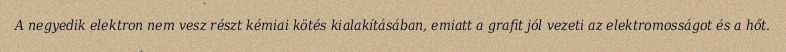
A negyedik elektron nem vesz részt kémiai kötés kialakításában, emiatt a grafit jól vezeti az elektromosságot és a hőt.